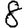
Digit: 8